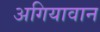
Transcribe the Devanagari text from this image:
अगियावान